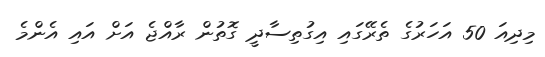
މިދިއަ 50 އަހަރުގެ ތެރޭގައި އިގުތިސާދީ ގޮތުން ރާއްޖެ އަށް އައި އެންމެ